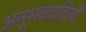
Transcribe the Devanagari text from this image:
अनूभववादियों